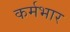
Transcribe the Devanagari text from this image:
कर्मभार